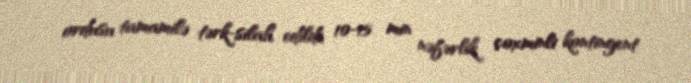
ordusu tamamilə tərk-silah edildi, 10-15 min nəfərlik çoxminli kontingent